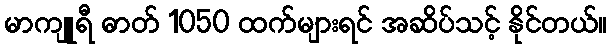
မာကျူရီ ဓာတ် 1050 ထက်များရင် အဆိပ်သင့် နိုင်တယ်။